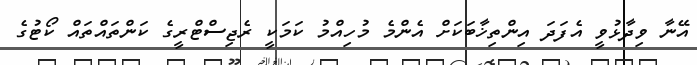
އޭނާ ވިދާޅުވީ އެފަދަ އިންތިޚާބަކަށް އެންމެ މުހިއްމު ކަމަކީ ރެޖިސްޓްރީގެ ކަންތައްތައް ކޯޓުގެ